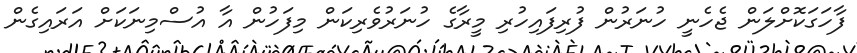
ފާހަގަކޮށްލަން ޖެހެނީ ހުނަރުން ފުރިފައިހުރި މީރާގެ ހުނަރުވެރިކަން މިފަހުން އާ އުސްމިނަކަށް އަރައިގެން